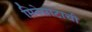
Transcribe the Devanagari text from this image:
मिनेसोटाची